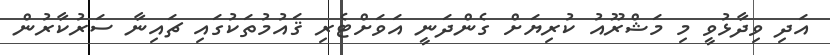
އަދި ވިދާޅުވީ މި މަޝްރޫއު ކުރިޔަށް ގެންދަނީ އަވަށްޓެރި ޤައުމުތަކުގައި ޗައިނާ ސަރުކާރުން